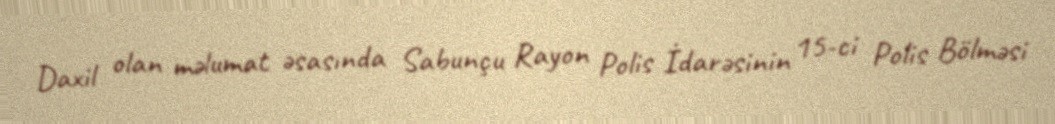
Daxil olan məlumat əsasında Sabunçu Rayon Polis İdarəsinin 15-ci Polis Bölməsi